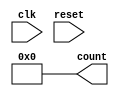
module counter_main(clk,reset,count);
output reg [3:0] count;
input clk,reset;

initial
count=4'b0000;

always@(posedge reset)
count=4'b0000;

always@(posedge clk)
begin
if(count==4'b0000)
	count=4'b0001;
else if(count==4'b0001)
	count=4'b0010;
else if(count==4'b0010)
	count=4'b0011;
else if(count==4'b0011)
	count=4'b0100;
else if(count==4'b0100)
	count=4'b0101;	
else if(count==4'b0101)
	count=4'b0110;
else if(count==4'b0110)
	count=4'b0111;
else if(count==4'b0111)
	count=4'b1000;
else if(count==4'b1000)
	count=4'b1001;
else if(count==4'b1001)
	count=4'b1010;
else if(count==4'b1010)
	count=4'b1011;
else if(count==4'b1011)
	count=4'b1100;
else if(count==4'b1100)
	count=4'b1101;
else if(count==4'b1101)
	count=4'b1110;
else if(count==4'b1110)
	count=4'b1111;
else if(count==4'b1111)
	count=4'b0000;
end
endmodule